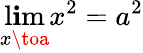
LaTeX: \operatorname*{l\mathbf{i}m}_{x\toa}x^{2}=a^{2}